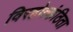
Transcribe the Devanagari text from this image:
विरहोत्कंठिता